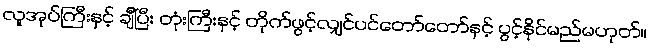
လူအုပ်ကြီးနှင့် ချီပြီး တုံးကြီးနှင့် တိုက်ဖွင့်လျှင်ပင်တော်တော်နှင့် ပွင့်နိုင်မည်မဟုတ်။